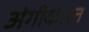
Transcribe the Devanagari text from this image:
अंगीकारत